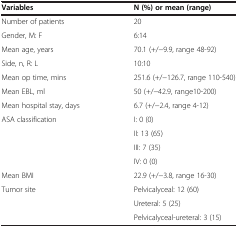
| Variables | N (%) or mean (range) |
 | --- | --- |
 | Number of patients | 20 |
 | Gender, M: F | 6:14 |
 | Mean age, years | 70.1 (+/-9.9, range 48-92) |
 | Side, n, R: L | 10:10 |
 | Mean op time, mins | 251.6 (+/-126.7, range 110-540) |
 | Mean EBL, ml | 50 (+/-42.9, range10-200) |
 | Mean hospital stay, days | 6.7 (+/-2.4, range 4-12) |
 | <ROWSPAN=4> ASA classification | I: 0 (0) |
 | II: 13 (65) |
 | III: 7 (35) |
 | IV: 0 (0) |
 | Mean BMI | 22.9 (+/-3.8, range 16-30) |
 | <ROWSPAN=2> Tumor site | Pelvicalyceal: 12 (60) |
 | Ureteral: 5 (25) |
 |  | Pelvicalyceal-ureteral: 3 (15) |